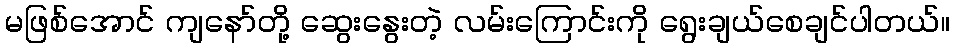
မဖြစ်အောင် ကျနော်တို့ ဆွေးနွေးတဲ့ လမ်းကြောင်းကို ရွေးချယ်စေချင်ပါတယ်။